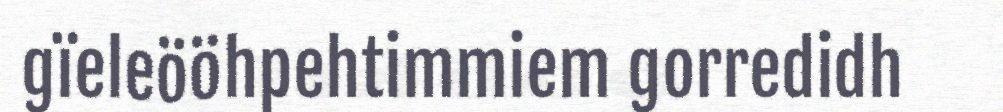
gïeleööhpehtimmiem gorredidh